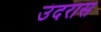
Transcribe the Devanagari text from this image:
उंदरास